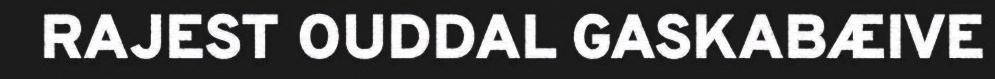
RAJEST OUDDAL GASKABÆIVE